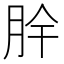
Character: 𮲪